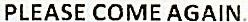
PLEASE COME AGAIN.